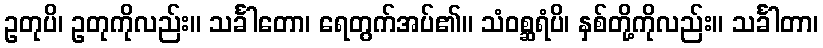
ဥတုပိ၊ ဥတုကိုလည်း။ သင်္ခါတော၊ ရေတွက်အပ်၏။ သံဝစ္ဆရံပိ၊ နှစ်တို့ကိုလည်း။ သင်္ခါတာ၊